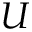
U